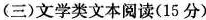
（三）文学类文本阅读（15分）